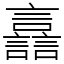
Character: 譶